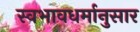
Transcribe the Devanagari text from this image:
स्वभावधर्मानुसार